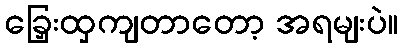
ခြှေးထှကျတာတော့ အရမျးပဲ။